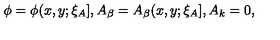
\phi = \phi ( x , y ; \xi _ { A } ] , A _ { \beta } = A _ { \beta } ( x , y ; \xi _ { A } ] , A _ { k } = 0 ,